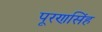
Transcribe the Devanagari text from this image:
पूरणसिंह